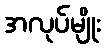
အလုပ်မျိုး